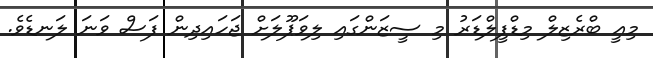
މިއީ ބްރެޒިލް މިޑްފީލްޑަރު މި ސީޒަންގައި ލިވަޕޫލަށް ޖަހައިދިން ފަސް ވަނަ ލަނޑެވެ.